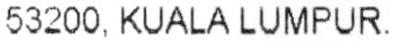
53200, KUALA LUMPUR